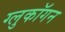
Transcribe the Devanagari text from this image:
ग्लुकॉगन